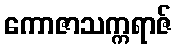
ကောဇာသက္ကရာဇ်